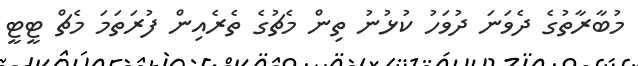
މުބާރާތުގެ ދެވަނަ ދުވަހު ކުޅުނު ތިން މެޗުގެ ތެރެއިން ފުރަތަމަ މެޗް ޓީޓީ